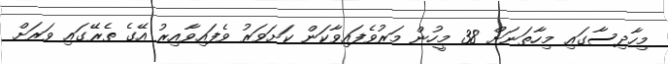
މިހާދިސާގައި މިހާތަނަށް 38 މީހުން މަރުވެފައިވާކަން ކަށަވަރު ވެފައިވާއިރު އޭގެ ތެރޭގައި ވަރަށް